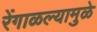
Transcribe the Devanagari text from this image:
रेंगाळल्यामुळे